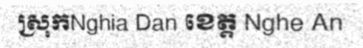
ស្រុកNghia Dan ខេត្ត Nghe An